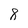
Character: 8